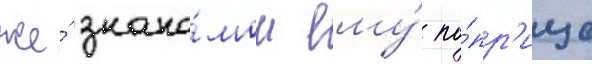
же́ знако́мом ему́ по́пр'ище